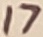
Text: 17